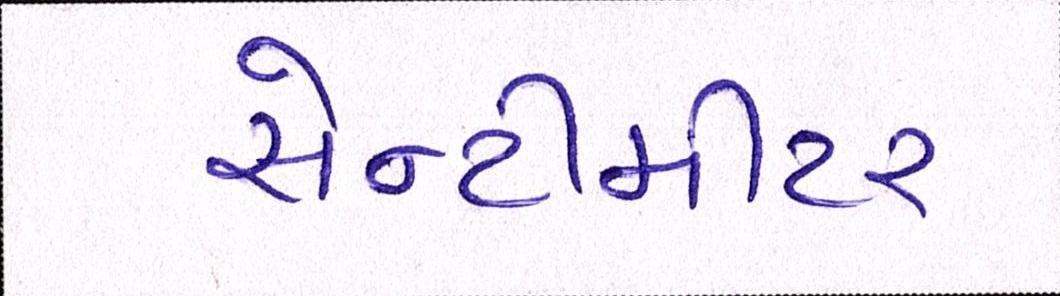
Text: સેન્ટીમીટર